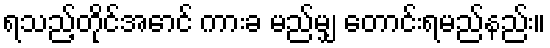
ရသည့်တိုင်အောင် ကားခ မည်မျှ တောင်းရမည်နည်း။